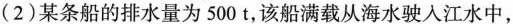
(2)某条船的排水量为500t，该船满载从海水驶入江水中，